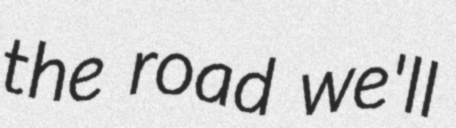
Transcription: the road we'll